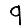
Digit: 9